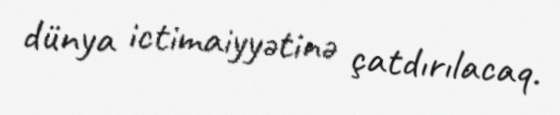
dünya ictimaiyyətinə çatdırılacaq.